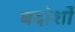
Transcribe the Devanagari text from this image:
बदोशों